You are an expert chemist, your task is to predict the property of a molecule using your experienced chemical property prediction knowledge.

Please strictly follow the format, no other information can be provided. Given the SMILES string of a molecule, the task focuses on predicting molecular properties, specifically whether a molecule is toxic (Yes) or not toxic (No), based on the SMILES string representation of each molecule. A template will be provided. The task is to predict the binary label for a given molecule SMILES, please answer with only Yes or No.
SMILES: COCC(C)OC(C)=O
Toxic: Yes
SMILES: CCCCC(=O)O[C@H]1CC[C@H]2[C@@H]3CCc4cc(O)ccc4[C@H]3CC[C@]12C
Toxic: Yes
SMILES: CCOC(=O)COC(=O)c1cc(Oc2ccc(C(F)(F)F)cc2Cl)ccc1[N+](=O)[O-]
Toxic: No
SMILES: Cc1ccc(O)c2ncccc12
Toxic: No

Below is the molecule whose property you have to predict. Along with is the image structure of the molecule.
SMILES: COS(=O)(=O)C(F)(F)F
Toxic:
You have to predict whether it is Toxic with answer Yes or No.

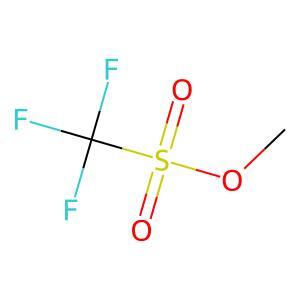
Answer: No